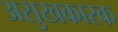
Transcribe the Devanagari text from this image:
असुखकारक